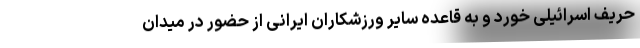
حریف اسرائیلی خورد و به قاعده سایر ورزشکاران ایرانی از حضور در میدان